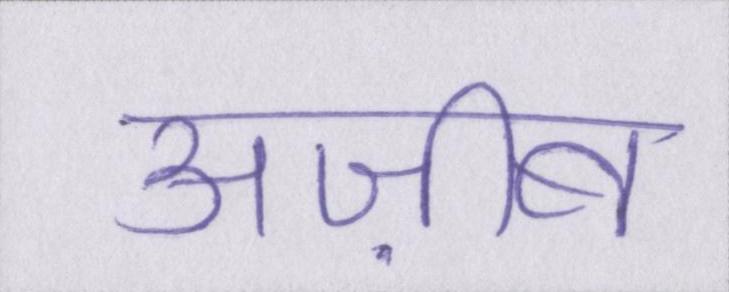
अज़ीब